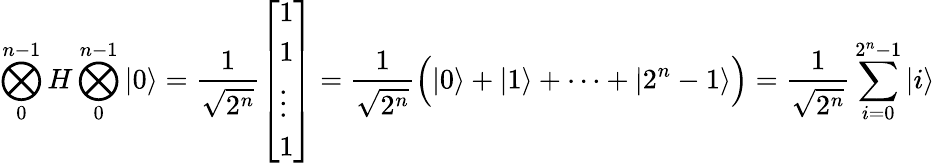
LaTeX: \bigotimes_{0}^{n-1}H\bigotimes_{0}^{n-1}|0\rangle={\frac{1}{\sqrt{2^{n}}}}{\left[\begin{array}{l}{1}\\ {1}\\ {\vdots}\\ {1}\end{array}\right]}={\frac{1}{\sqrt{2^{n}}}}{\Big(}|0\rangle+|1\rangle+\dots+|2^{n}-1\rangle{\Big)}={\frac{1}{\sqrt{2^{n}}}}\sum_{i=0}^{2^{n}-1}|i\rangle